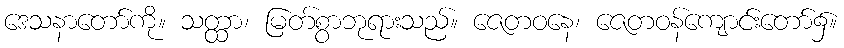
ဒေသနာတော်ကို။ သတ္ထာ၊ မြတ်စွာဘုရားသည်။ ဇေတဝနေ၊ ဇေတဝန်ကျောင်းတော်၌။